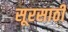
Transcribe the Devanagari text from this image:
सूरसाठी